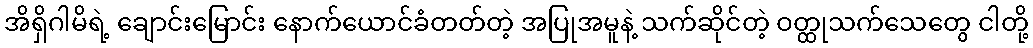
အိရှိဂါမိရဲ့ ချောင်းမြောင်း နောက်ယောင်ခံတတ်တဲ့ အပြုအမူနဲ့ သက်ဆိုင်တဲ့ ဝတ္ထုသက်သေတွေ ငါတို့